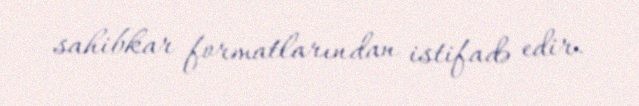
sahibkar formatlarından istifadə edir.